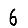
Digit: 6